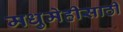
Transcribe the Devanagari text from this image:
मधुमेहीसाठी